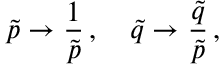
\tilde { p } \to \frac { 1 } { \tilde { p } } \, , \quad \tilde { q } \to \frac { \tilde { q } } { \tilde { p } } \, ,